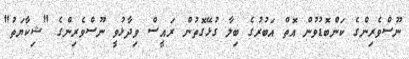
ނޫސްވެރިންގެ ކަންބޮޑުވުން އޮތް އަބުރުގެ ބިލާ ގުޅޭގޮތުން ރައީސް ވިދާޅުވީ ނޫސްވެރިންގެ "ޝިކާޔަތު"